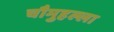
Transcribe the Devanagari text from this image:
चौमुहल्ला